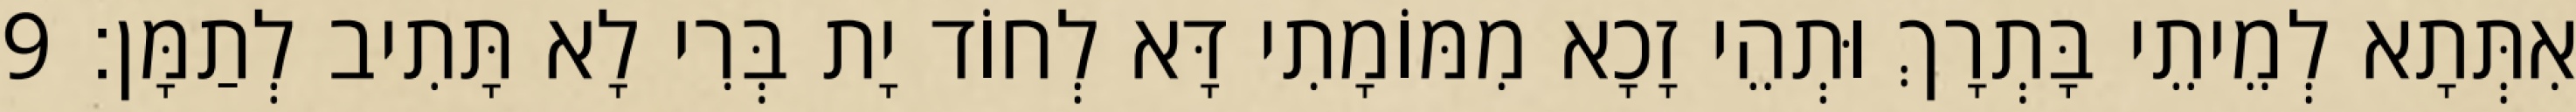
אִתְּתָא לְמֵיתֵי בָּתְרָךְ וּתְהֵי זָכָא מִמּוֹמָתִי דָּא לְחוֹד יָת בְּרִי לָא תָּתִיב לְתַמָּן׃ 9